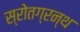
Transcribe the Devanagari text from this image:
स्रोतग्रन्थ